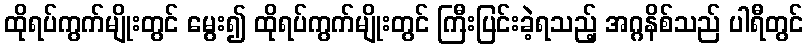
ထိုရပ်ကွက်မျိုးတွင် မွေး၍ ထိုရပ်ကွက်မျိုးတွင် ကြီးပြင်းခဲ့ရသည့် အဂ္ဂနိစ်သည် ပါရီတွင်